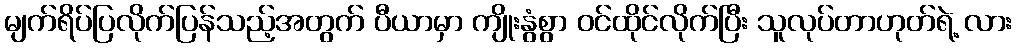
မျက်ရိပ်ပြလိုက်ပြန်သည့်အတွက် ပီယာမှာ ကျိုးနွံစွာ ဝင်ထိုင်လိုက်ပြီး သူလုပ်တာဟုတ်ရဲ့ လား